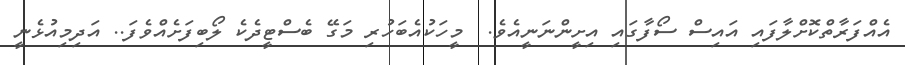
އެއްފަރާތްކޮށްލާފައި އައިސް ސޯފާގައި އިށީންނަނީއެވެ.  މީހަކުއެބަހުރި މަގޭ ބެސްޓީދެކެ ލޯބިފަށެއްވެފަ.. އަދިމިއުޅެނީ